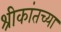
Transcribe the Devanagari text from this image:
श्रीकांतच्या